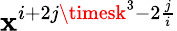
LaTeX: \mathbf{x}^{i+2j\timesk^{3}-2\frac{{j}}{{i}}}